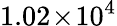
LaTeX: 1.02\! \times\! 10^{4}